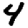
Digit: 4